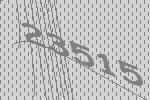
23515